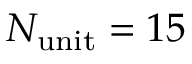
N _ { \mathrm { u n i t } } = 1 5